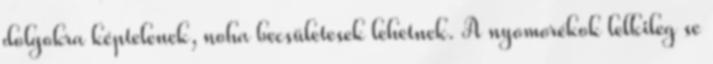
dolgokra képtelenek, noha becsületesek lehetnek. A nyomorékok lelkileg se